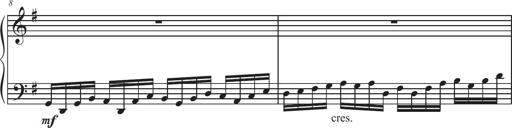
Title: Sonatina Espania
Composer: Jerald Franklin Archer
Key: Various